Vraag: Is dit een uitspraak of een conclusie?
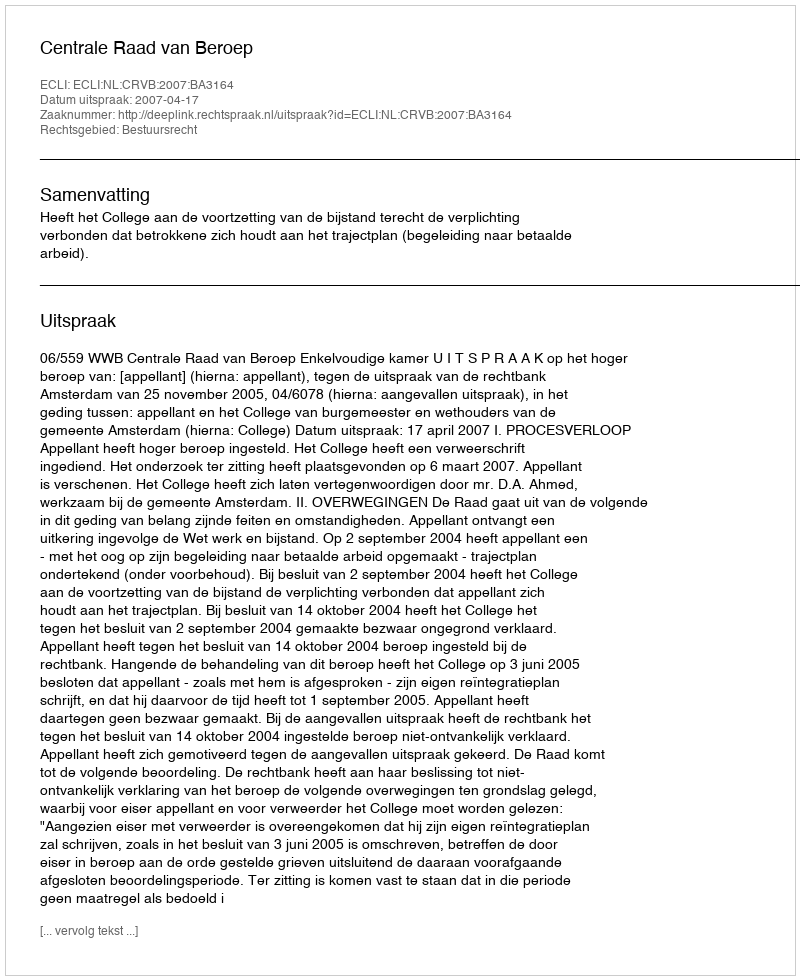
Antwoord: Uitspraak